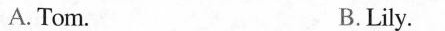
A. Tom. B.Lily.